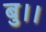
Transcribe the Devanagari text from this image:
बु।।